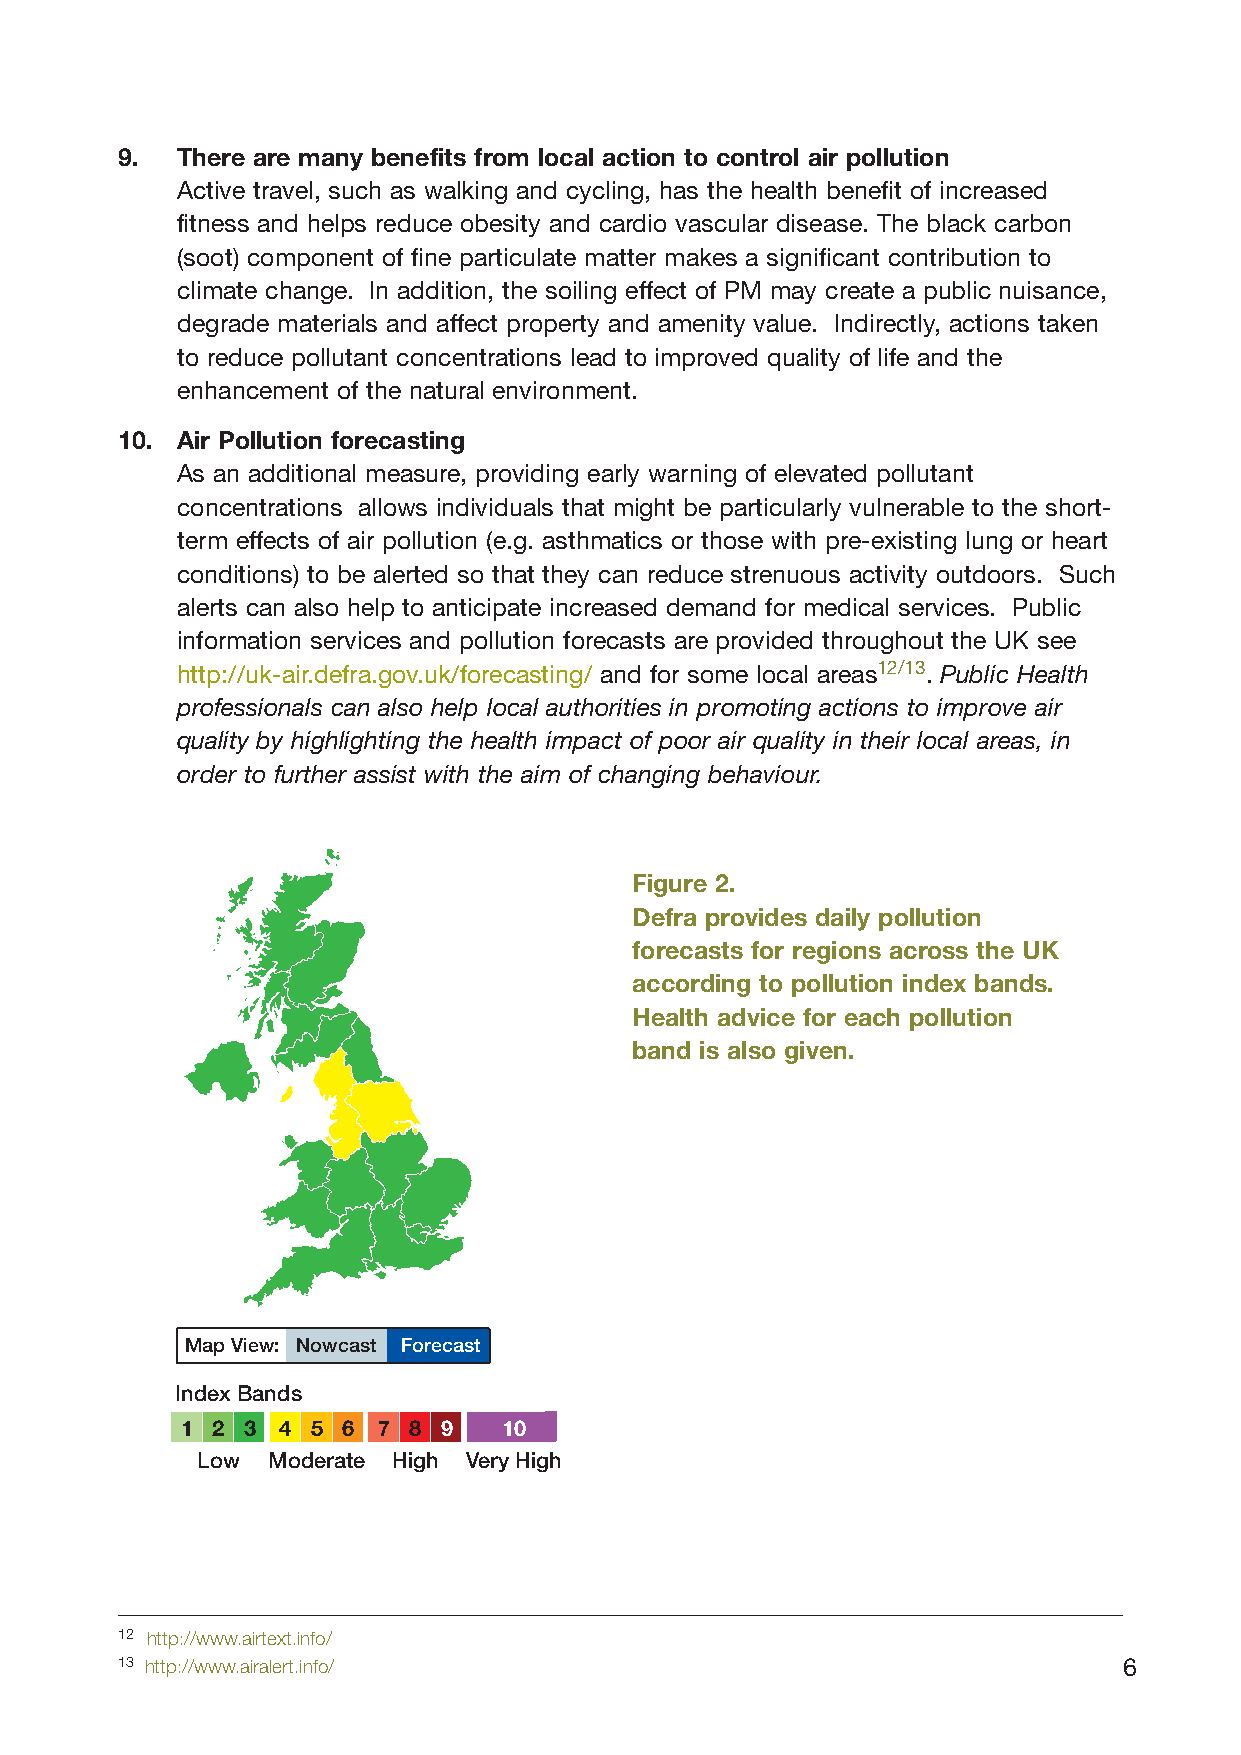
9.  There are many benefits from local action to control air pollution
 Active travel, such as walking and cycling, has the health benefit of increased
 fitness and helps reduce obesity and cardio vascular disease. The black carbon
 (soot) component of fine particulate matter makes a significant contribution to
 climate change. In addition, the soiling effect of PM may create a public nuisance,
 degrade materials and affect property and amenity value. Indirectly, actions taken
 to reduce pollutant concentrations lead to improved quality of life and the
 enhancement of the natural environment.
 10. Air Pollution forecasting
 As an additional measure, providing early warning of elevated pollutant
 concentrations allows individuals that might be particularly vulnerable to the short-
 term effects of air pollution (e.g. asthmatics or those with pre-existing lung or heart
 conditions) to be alerted so that they can reduce strenuous activity outdoors. Such
 alerts can also help to anticipate increased demand for medical services. Public
 information services and pollution forecasts are provided throughout the UK see
 http://uk-air.defra.gov.uk/forecasting/ and for some local areas12/13. Public Health
 professionals can also help local authorities in promoting actions to improve air
 quality by highlighting the health impact of poor air quality in their local areas, in
 order to further assist with the aim of changing behaviour.
 Figure 2.
 Defra provides daily pollution
 forecasts for regions across the UK
 according to pollution index bands.
 Health advice for each pollution
 band is also given.
 Map View: Nowcast Forecast
 Index Bands
 1 2 3 4  5 6 7 8 9   10
 Low  Moderate High Very High
 12 http://www.airtext.info/
 13 http://www.airalert.info/                                      6